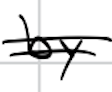
Text: by
Cross-out: double-line
Writing tool: digital_black